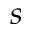
s